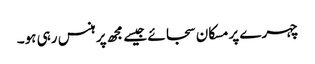
چہرے پر مسکان سجائے جیسے مجھ پر ہنس رہی ہو۔